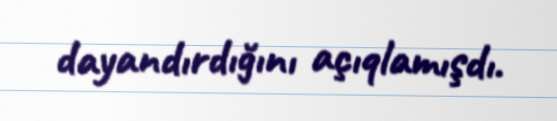
dayandırdığını açıqlamışdı.